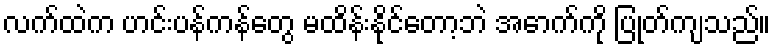
လက်ထဲက ဟင်းပန်ကန်တွေ မထိန်းနိုင်တော့ဘဲ အောက်ကို ပြုတ်ကျသည်။